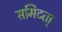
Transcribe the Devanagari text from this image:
समिटता्